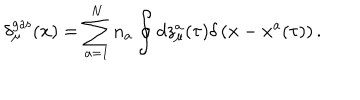
\delta _ { \mu } ^ { \mathrm { g a s } } ( { \bf x } ) = \sum _ { a = 1 } ^ { N } n _ { a } \oint d z _ { \mu } ^ { a } ( \tau ) \delta \left( { \bf x } - { \bf x } ^ { a } ( \tau ) \right) .